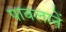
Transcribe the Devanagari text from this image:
पावलानें